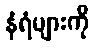
နံရံများကို